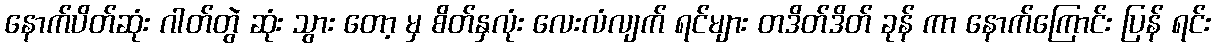
နောက်ပိတ်ဆုံး ဂါတ်တွဲ ဆုံး သွား တော့ မှ စိတ်နှလုံး လေးလံလျက် ရင်များ တဒိတ်ဒိတ် ခုန် ကာ နောက်ကြောင်း ပြန် ရင်း